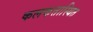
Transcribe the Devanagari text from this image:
कलकत्तास्थित